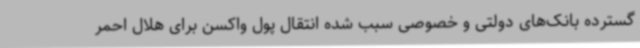
گسترده بانک‌های دولتی و خصوصی سبب شده انتقال پول واکسن برای هلال احمر